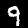
Digit: 9